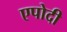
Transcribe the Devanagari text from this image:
एपोदी